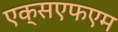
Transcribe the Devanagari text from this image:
एक्सएफएम